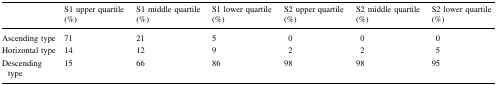
<table><thead><tr><td></td><td><b>S1 upper quartile (%)</b></td><td><b>S1 middle quartile (%)</b></td><td><b>S1 lower quartile (%)</b></td><td><b>S2 upper quartile (%)</b></td><td><b>S2 middle quartile (%)</b></td><td><b>S2 lower quartile (%)</b></td></tr></thead><tbody><tr><td>Ascending type</td><td>71</td><td>21</td><td>5</td><td>0</td><td>0</td><td>0</td></tr><tr><td>Horizontal type</td><td>14</td><td>12</td><td>9</td><td>2</td><td>2</td><td>5</td></tr><tr><td>Descending type</td><td>15</td><td>66</td><td>86</td><td>98</td><td>98</td><td>95</td></tr></tbody></table>